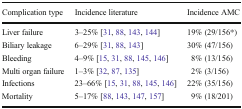
<table><thead><tr><td><b>Complication type</b></td><td><b>Incidence literature</b></td><td><b>Incidence AMC</b></td></tr></thead><tbody><tr><td>Liver failure</td><td>3–25% [31, 88, 143, 144]</td><td>19% (29/156*)</td></tr><tr><td>Biliary leakage</td><td>6–29% [31, 88, 143]</td><td>30% (47/156)</td></tr><tr><td>Bleeding</td><td>4–9% [15, 31, 88, 145, 146]</td><td>8% (13/156)</td></tr><tr><td>Multi organ failure</td><td>1–3% [32, 87, 135]</td><td>2% (3/156)</td></tr><tr><td>Infections</td><td>23–66% [15, 31, 88, 145, 146]</td><td>22% (35/156)</td></tr><tr><td>Mortality</td><td>5–17% [88, 143, 147, 157]</td><td>9% (18/201)</td></tr></tbody></table>